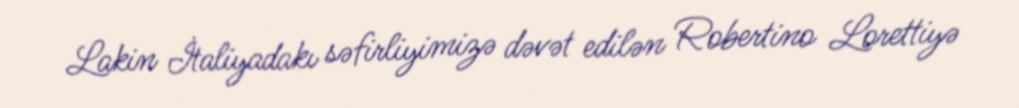
Lakin İtaliyadakı səfirliyimizə dəvət edilən Robertino Lorettiyə